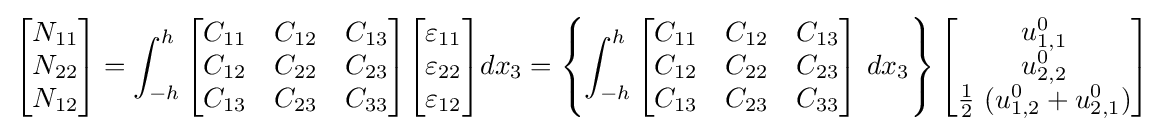
{\begin{bmatrix}N_{11}\\N_{22}\\N_{12}\end{bmatrix}}=\int _{-h}^{h}{\begin{bmatrix}C_{11}&C_{12}&C_{13}\\C_{12}&C_{22}&C_{23}\\C_{13}&C_{23}&C_{33}\end{bmatrix}}{\begin{bmatrix}\varepsilon _{11}\\\varepsilon _{22}\\\varepsilon _{12}\end{bmatrix}}dx_{3}=\left\{\int _{-h}^{h}{\begin{bmatrix}C_{11}&C_{12}&C_{13}\\C_{12}&C_{22}&C_{23}\\C_{13}&C_{23}&C_{33}\end{bmatrix}}~dx_{3}\right\}{\begin{bmatrix}u_{1,1}^{0}\\u_{2,2}^{0}\\{\frac {1}{2}}~(u_{1,2}^{0}+u_{2,1}^{0})\end{bmatrix}}